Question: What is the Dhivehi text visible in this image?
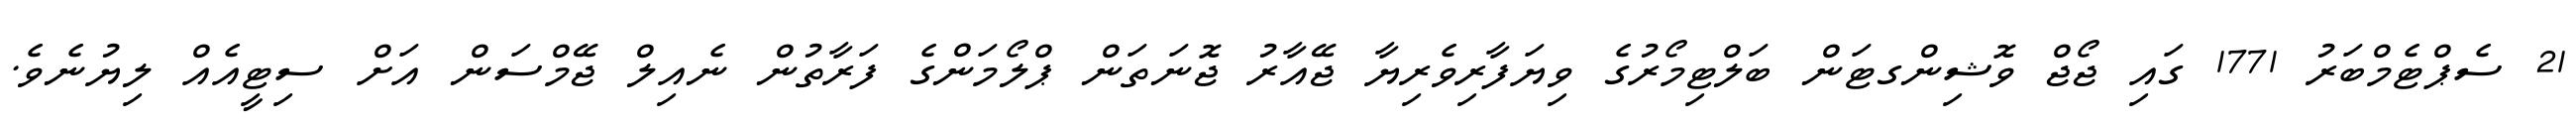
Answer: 21 ސެޕްޓެމްބަރު 1771 ގައި ޖޯޖް ވޮޝިންގޓަން ބަލްޓިމޯރުގެ ވިޔަފާރިވެރިޔާ ޖޭއާރު ޖޮނަތަން ޕްލޯމަންގެ ފަރާތުން ނެއިލް ޖޭމްސަން އަށް ސިޓީއެއް ލިޔުނެވެ.